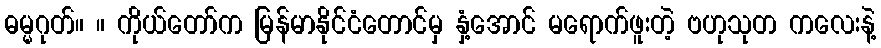
ဓမ္မဂုတ်။ ။ ကိုယ်တော်က မြန်မာနိုင်ငံတောင်မှ နှံ့အောင် မရောက်ဖူးတဲ့ ဗဟုသုတ ကလေးနဲ့